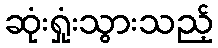
ဆုံးရှုံးသွားသည့်